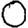
Digit: 0